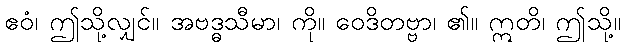
ဧဝံ၊ ဤသို့လျှင်။ အဗဒ္ဓသီမာ၊ ကို။ ဝေဒိတဗ္ဗာ၊ ၏။ ဣတိ၊ ဤသို့။